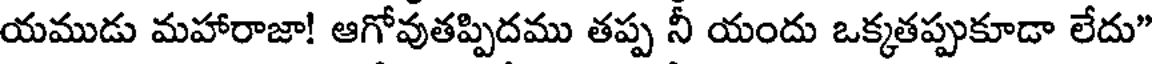
యముడు మహారాజా! ఆగోవుతప్పిదము తప్ప నీ యందు ఒక్కతప్పుకూడా లేదు"